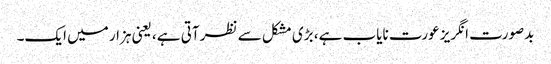
بدصورت انگریز عورت نایاب ہے، بڑی مشکل سے نظر آتی ہے، یعنی ہزار میں ایک۔